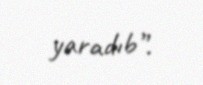
yaradıb”.